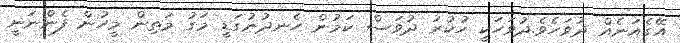
އޭގެއަނެއް ދުވަހެވެ.ދުވަހަކީ ހުކުރު ދުވަސް ކަމުން ހެނދުނުގަޑީ މަގު މަތިން މީހުން ފެންނަނީ